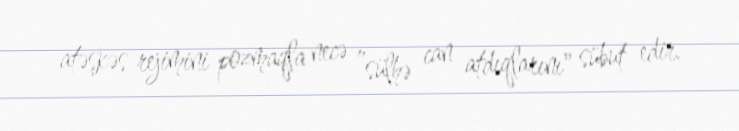
atəşkəs rejimini pozmaqla necə ”sülhə can atdıqlarını" sübut edir.